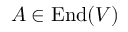
A \in \operatorname { E n d } ( V )